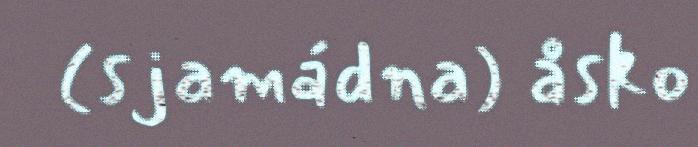
(sjamádna) åsko